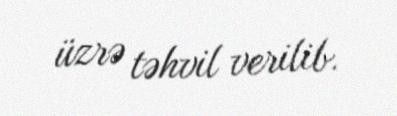
üzrə təhvil verilib.